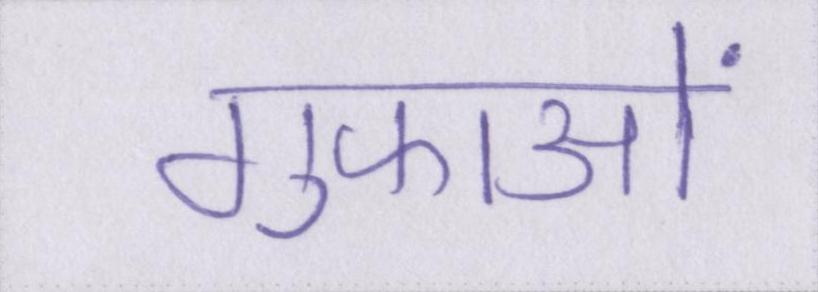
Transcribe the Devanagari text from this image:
गुफाओं